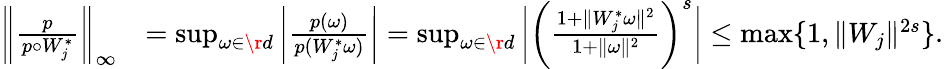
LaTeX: \begin{array}{rl}{\bigg\Vert\frac{p}{p\circ W_{j}^{*}}\bigg\Vert_{\infty}}&{=\operatorname*{sup}_{\omega\in\r{d}}\bigg\vert\frac{p(\omega)}{p(W_{j}^{*}\omega)}\bigg\vert=\operatorname*{sup}_{\omega\in\r{d}}\bigg\vert\bigg(\frac{1+\Vert W_{j}^{*}\omega\Vert^{2}}{1+\Vert\omega\Vert^{2}}\bigg)^{s}\bigg\vert\le\operatorname*{max}\{ 1,\Vert W_{j}\Vert^{2s}\} .}\end{array}